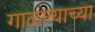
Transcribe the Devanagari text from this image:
गाळण्याच्या